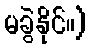
မခွဲနိုင်။)